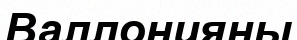
Валлонияны